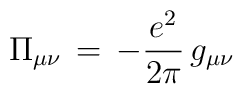
\Pi_{\mu \nu} \,=\, - \frac{e^2}{2 \pi} \, g_{\mu \nu}